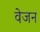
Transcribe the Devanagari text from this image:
वेजन